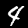
Label: 4